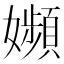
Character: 𡤉